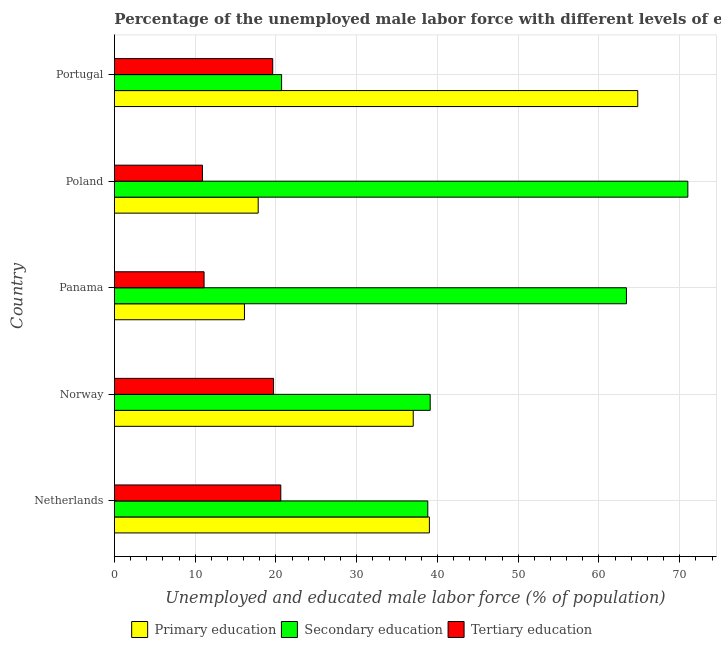
| Country | Primary education | Secondary education | Tertiary education |
 | --- | --- | --- | --- |
 | Netherlands | 39 | 38.8 | 20.6 |
 | Norway | 37 | 39.1 | 19.7 |
 | Panama | 16.1 | 63.4 | 11.1 |
 | Poland | 17.8 | 71 | 10.9 |
 | Portugal | 64.8 | 20.7 | 19.6 |